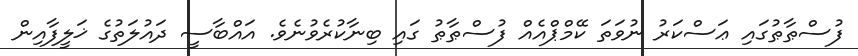
ފުސްޠާޠުގައި ޢަސްކަރު ނުވަތަ ކޭމްޕްއެއް ފުސްޠާޠު ގައި ބިނާކުރެވުނެވެ. އައްބާސީ ދައުލަތުގެ ޚަލީފާއިން